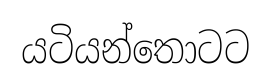
යටියන්තොටට